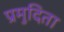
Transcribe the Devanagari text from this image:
प्रमुदिता